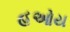
હઓય